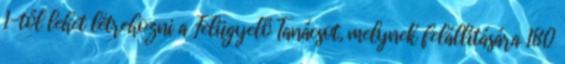
1-től lehet létrehozni a Felügyelő Tanácsot, melynek felállítására 180